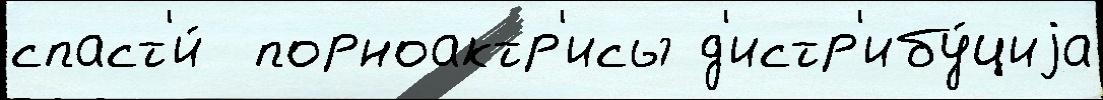
спаст'и́  порноактр'исы д'истр'ибу́циjа